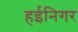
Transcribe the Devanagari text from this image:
हईनिगर